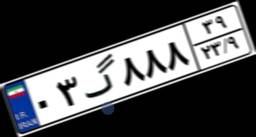
۰۳گ۸۸۸۳۹